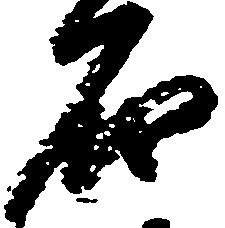
石